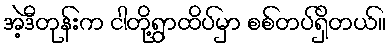
အဲ့ဒီတုန်းက ငါတို့ရွာထိပ်မှာ စစ်တပ်ရှိတယ်။